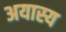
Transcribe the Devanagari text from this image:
अयास्य